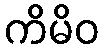
ကိမိဝ